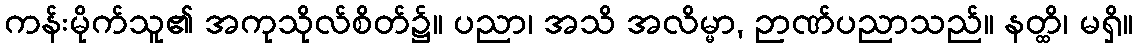
ကန်းမိုက်သူ၏ အကုသိုလ်စိတ်၌။ ပညာ၊ အသိ အလိမ္မာ, ဉာဏ်ပညာသည်။ နတ္ထိ၊ မရှိ။